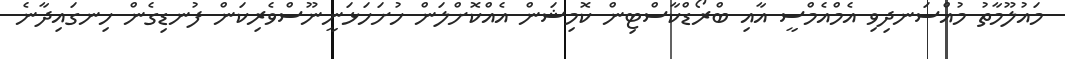
މައުލޫމާތު މުއްސަނދިވި އެމްއެމްސީ އާއި ބްރޯޑްކާސްޓިން ކޮމިޝަން އެއްކޮށްލަން ހުށަހަޅަނީނޫސްވެރިކަން ފުނޑިގެން ހިނގައިދާނެ